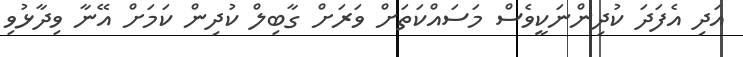
އަދި އެފަދަ ކުދިންނަކީވެސް މަސައްކަތަށް ވަރަށް ގާބިލް ކުދިން ކަމަށް އޭނާ ވިދާޅުވި